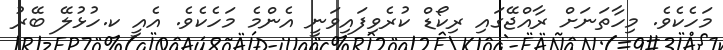
މަހެކެވެ. މިހާތަނަށް ރާއްޖޭގައި ރިކޯޑް ކުރެވިފައިވަނީ އެންމެ މަހެކެވެ. އެއީ ކ.ހުޅުލޭ ބޭރު